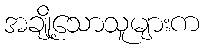
အချို့သောသူများက